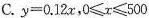
C. $$y=0.12x$$，$$0\leqslant x\leqslant 500$$